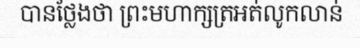
បានថ្លែងថា ព្រះមហាក្សត្រអត់លូកលាន់